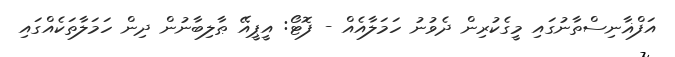
އަފްޣާނިސްތާނުގައި މީގެކުރިން ދެވުނު ހަމަލާއެއް - ފޮޓޯ: އީޕީއޭ ޠާލިބާނުން ދިން ހަމަލާތަކެއްގައި